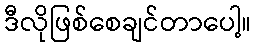
ဒီလိုဖြစ်စေချင်တာပေါ့။